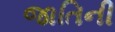
જાતિની